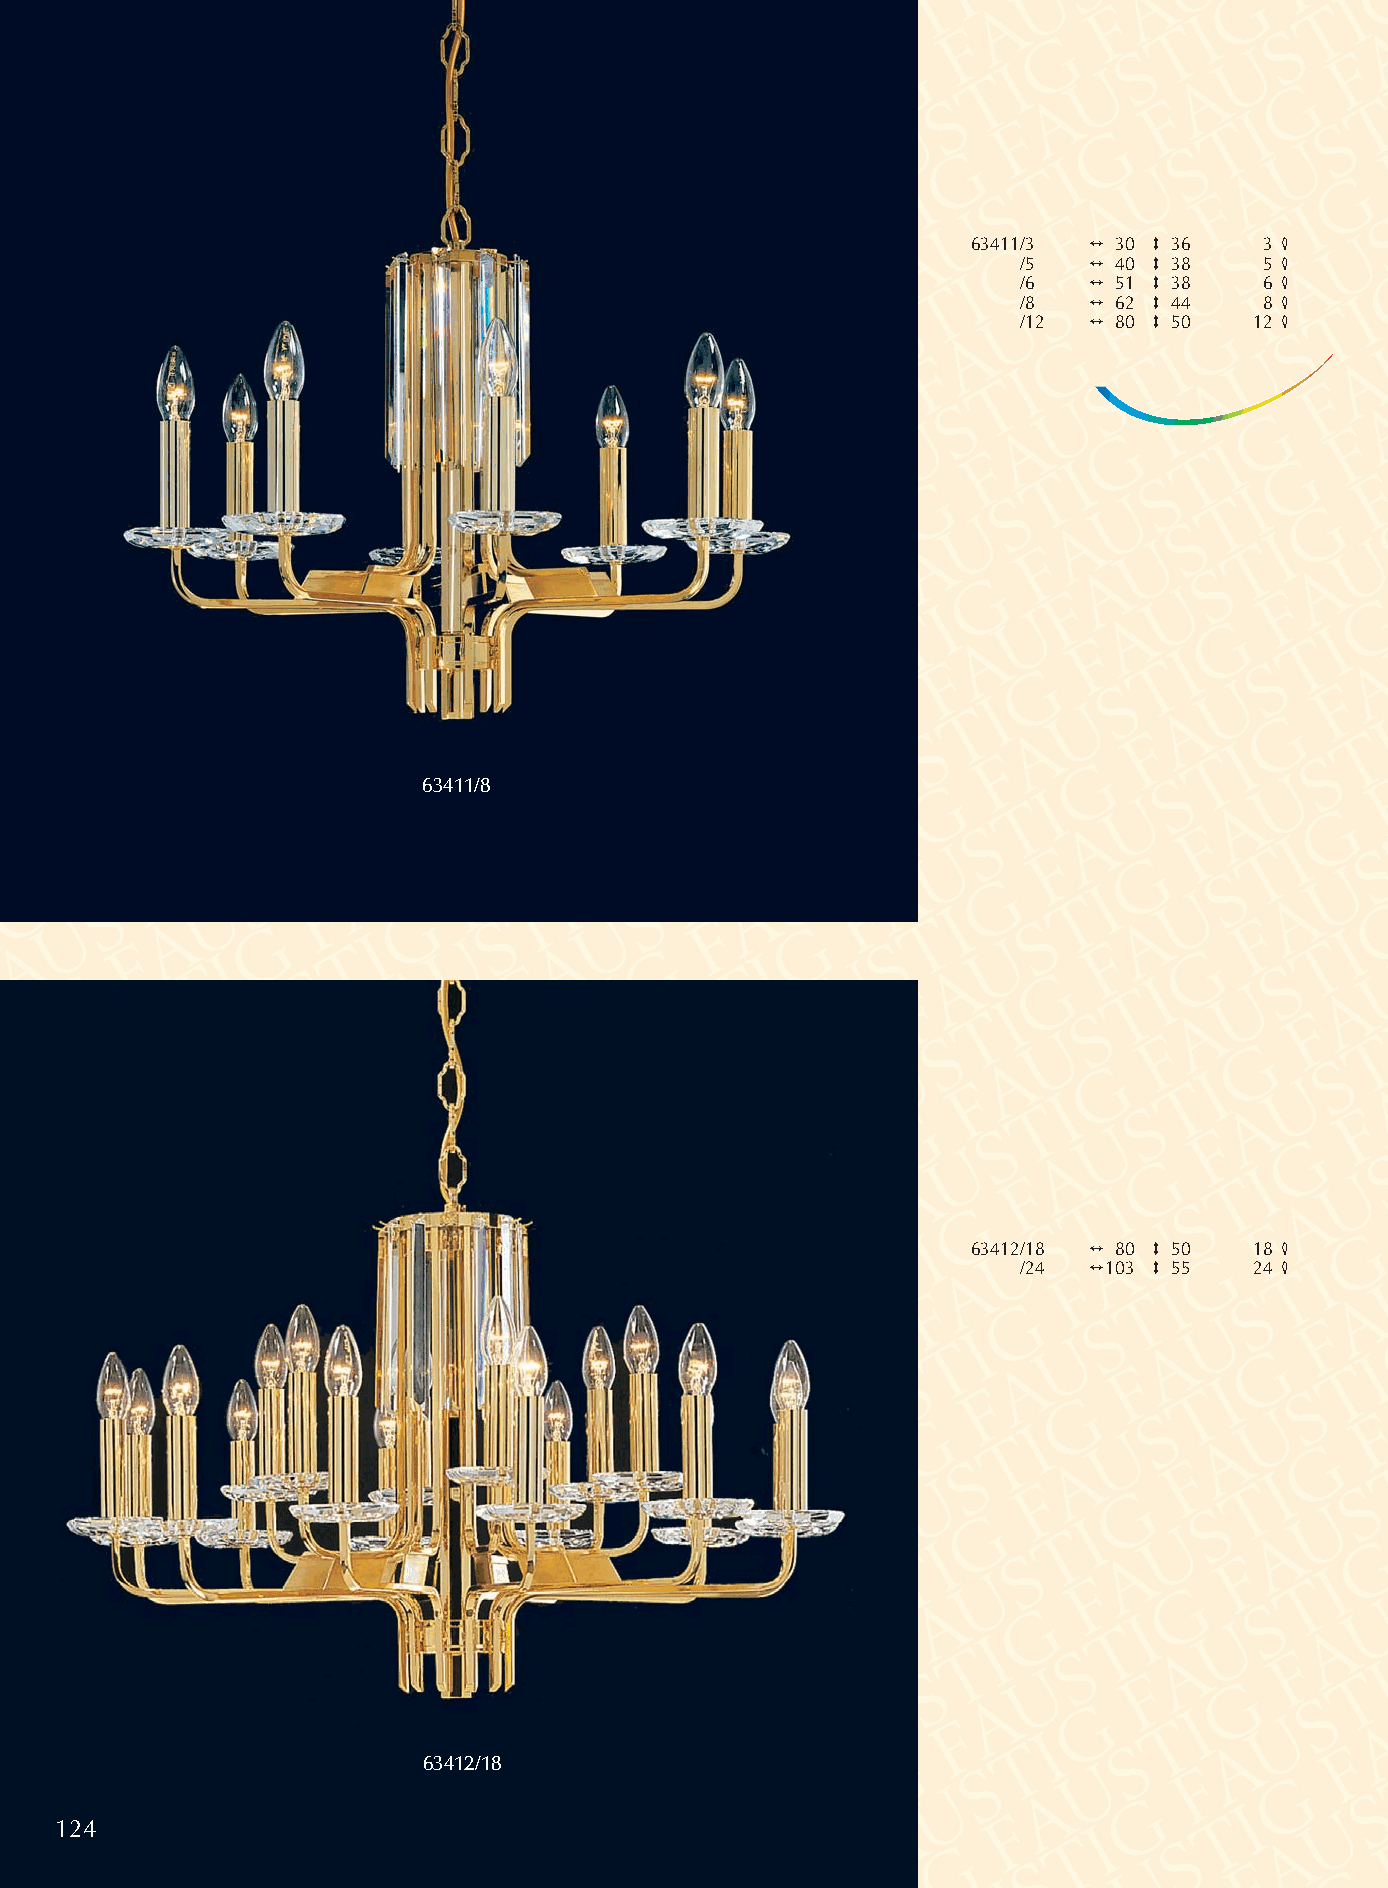
63411/3 2 30 3 36   3 4
 /5  2 40 3 38   5 4
 /6  2 51 3 38   6 4
 /8  2 62 3 44   8 4
 /12 2 80 3 50  12 4
 63411/8
 63412/18 2 80 3 50 18 4
 /24 2103 3 55  24 4
 63412/18
 124